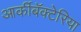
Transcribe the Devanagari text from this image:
आर्कीबॅक्टेरिया